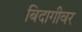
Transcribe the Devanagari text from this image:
बिदागीवर